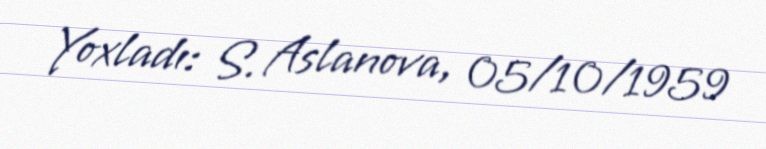
Yoxladı: S. Aslanova, 05/10/1959